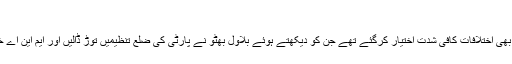
’
پی پی پی ضلع لاڑکانہ کی تنظیموں کے درمیان بھی اختلافات کافی شدت اختیار کرگئے تھے جن کو دیکھتے ہوئے بلاول بھٹو نے پارٹی کی ضلع تنظیمیں توڑ ڈالیں اور ایم این اے خورشید جونیجو کو ضلعی کوارڈی نیٹر مقرر کیا۔